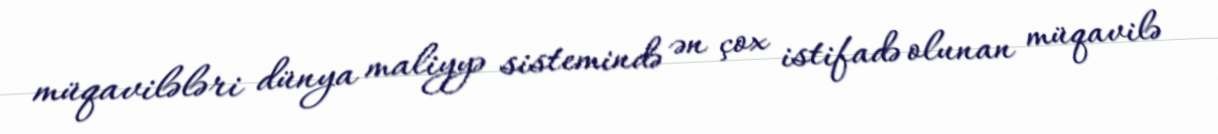
müqavilələri dünya maliyyə sistemində ən çox istifadə olunan müqavilə